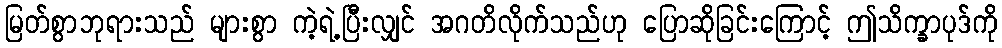
မြတ်စွာဘုရားသည် များစွာ ကဲ့ရဲ့ပြီးလျှင် အဂတိလိုက်သည်ဟု ပြောဆိုခြင်းကြောင့် ဤသိက္ခာပုဒ်ကို